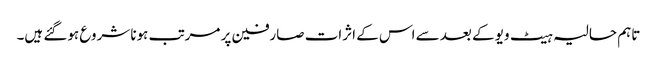
تاہم حالیہ ہیٹ ویو کے بعد سے اس کے اثرات صارفین پر مرتب ہونا شروع ہوگئے ہیں۔